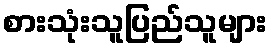
စားသုံးသူပြည်သူများ